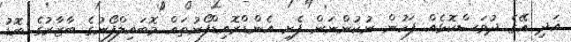
އަދި އޭގެ ދުވަސްކޮޅެއް ފަހުން ނުކުންނަން ފެށި އެންޑްރޮއިޑްފޯނުތައް މޮބައިލްފޯނުގެ ބާޒާރުގެ ބޮޑު